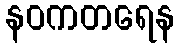
နဝကတရေန